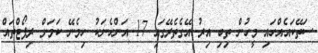
ސަތޭކައެއްހައި މީހުން ތިބި އިރު އޭގެތެރޭގައި 17 އަންހެނަކު ހިމެނޭ ކަމަށް ރިޕޯޓްތައް